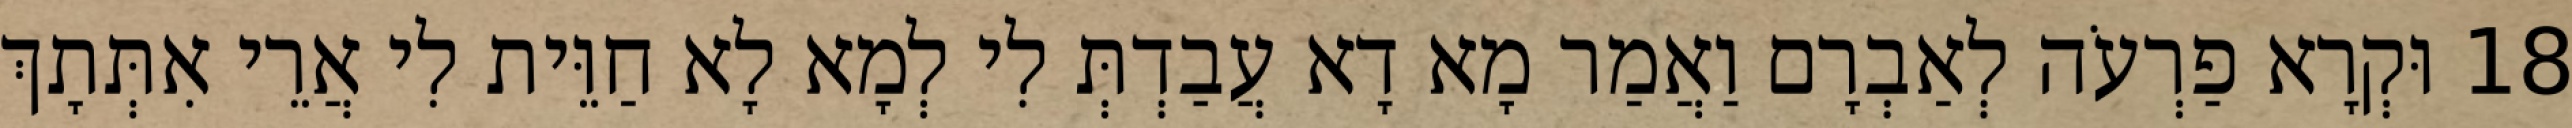
18 וּקְרָא פַרְעֹה לְאַבְרָם וַאֲמַר מָא דָא עֲבַדְתְּ לִי לְמָא לָא חַוֵּית לִי אֲרֵי אִתְּתָךְ